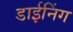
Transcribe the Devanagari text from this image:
डाईनिंग